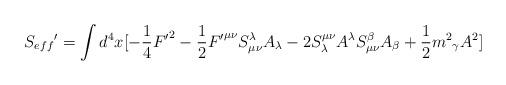
LaTeX: \begin{align*}{S_{eff}}'=\int{d^{4}x[-\frac{1}{4}{F'}^{2}-\frac{1}{2}{F'}^{{\mu}{\nu}}S^{\lambda}_{{\mu}{\nu}}A_{\lambda}-2S^{{\mu}{\nu}}_{\lambda}A^{\lambda}S^{\beta}_{{\mu}{\nu}}A_{\beta}+\frac{1}{2}{m^{2}}_{\gamma}A^{2}]}\end{align*}